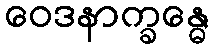
ဝေဒနာက္ခန္ဓေ